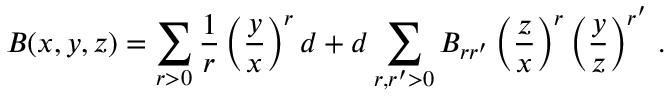
B ( x , y , z ) = \sum _ { r > 0 } { \frac { 1 } { r } } \left( { \frac { y } { x } } \right) ^ { r } d + d \sum _ { r , r ^ { \prime } > 0 } B _ { r r ^ { \prime } } \left( { \frac { z } { x } } \right) ^ { r } \left( { \frac { y } { z } } \right) ^ { r ^ { \prime } } \, .